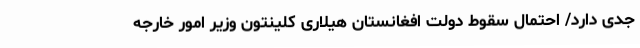
جدی دارد/ احتمال سقوط دولت افغانستان هیلاری کلینتون وزیر امور خارجه